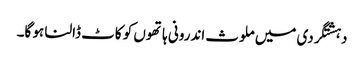
دہشتگردی میں ملوث اندرونی ہاتھوں کو کاٹ ڈالنا ہو گا۔